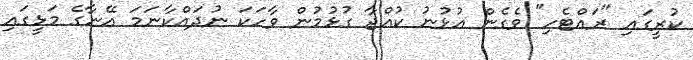
ކުރީގައި "ރައްޓެހި" ވެގެން އުޅުނު ކުއްޖާ ގުޅުމުން ވާހަކަ ނުދައްކާނަމަ އޭނާގެ މަޅީގައި